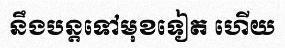
នឹងបន្តទៅមុខទៀត ហើយ